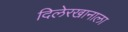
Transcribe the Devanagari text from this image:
दिलेरखानाला